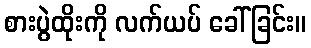
စားပွဲထိုးကို လက်ယပ် ခေါ်ခြင်း။